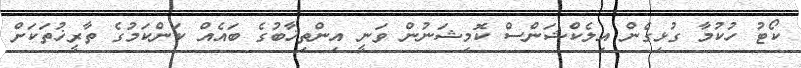
ކޯޓު ހުކުމާ ގުޅިގެން އިލެކްޝަންސް ކޮމިޝަނުން ވަނީ އިންތިޚާބުގެ ބައެއް ކަންކަމުގެ ތާރީޚުތަކަށް